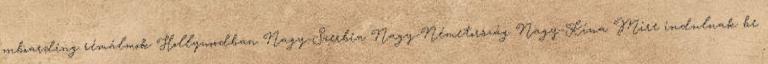
onboarding rémálmok Hollywoodban Nagy-Szerbia Nagy-Németország Nagy-Kína Mire indulnak be